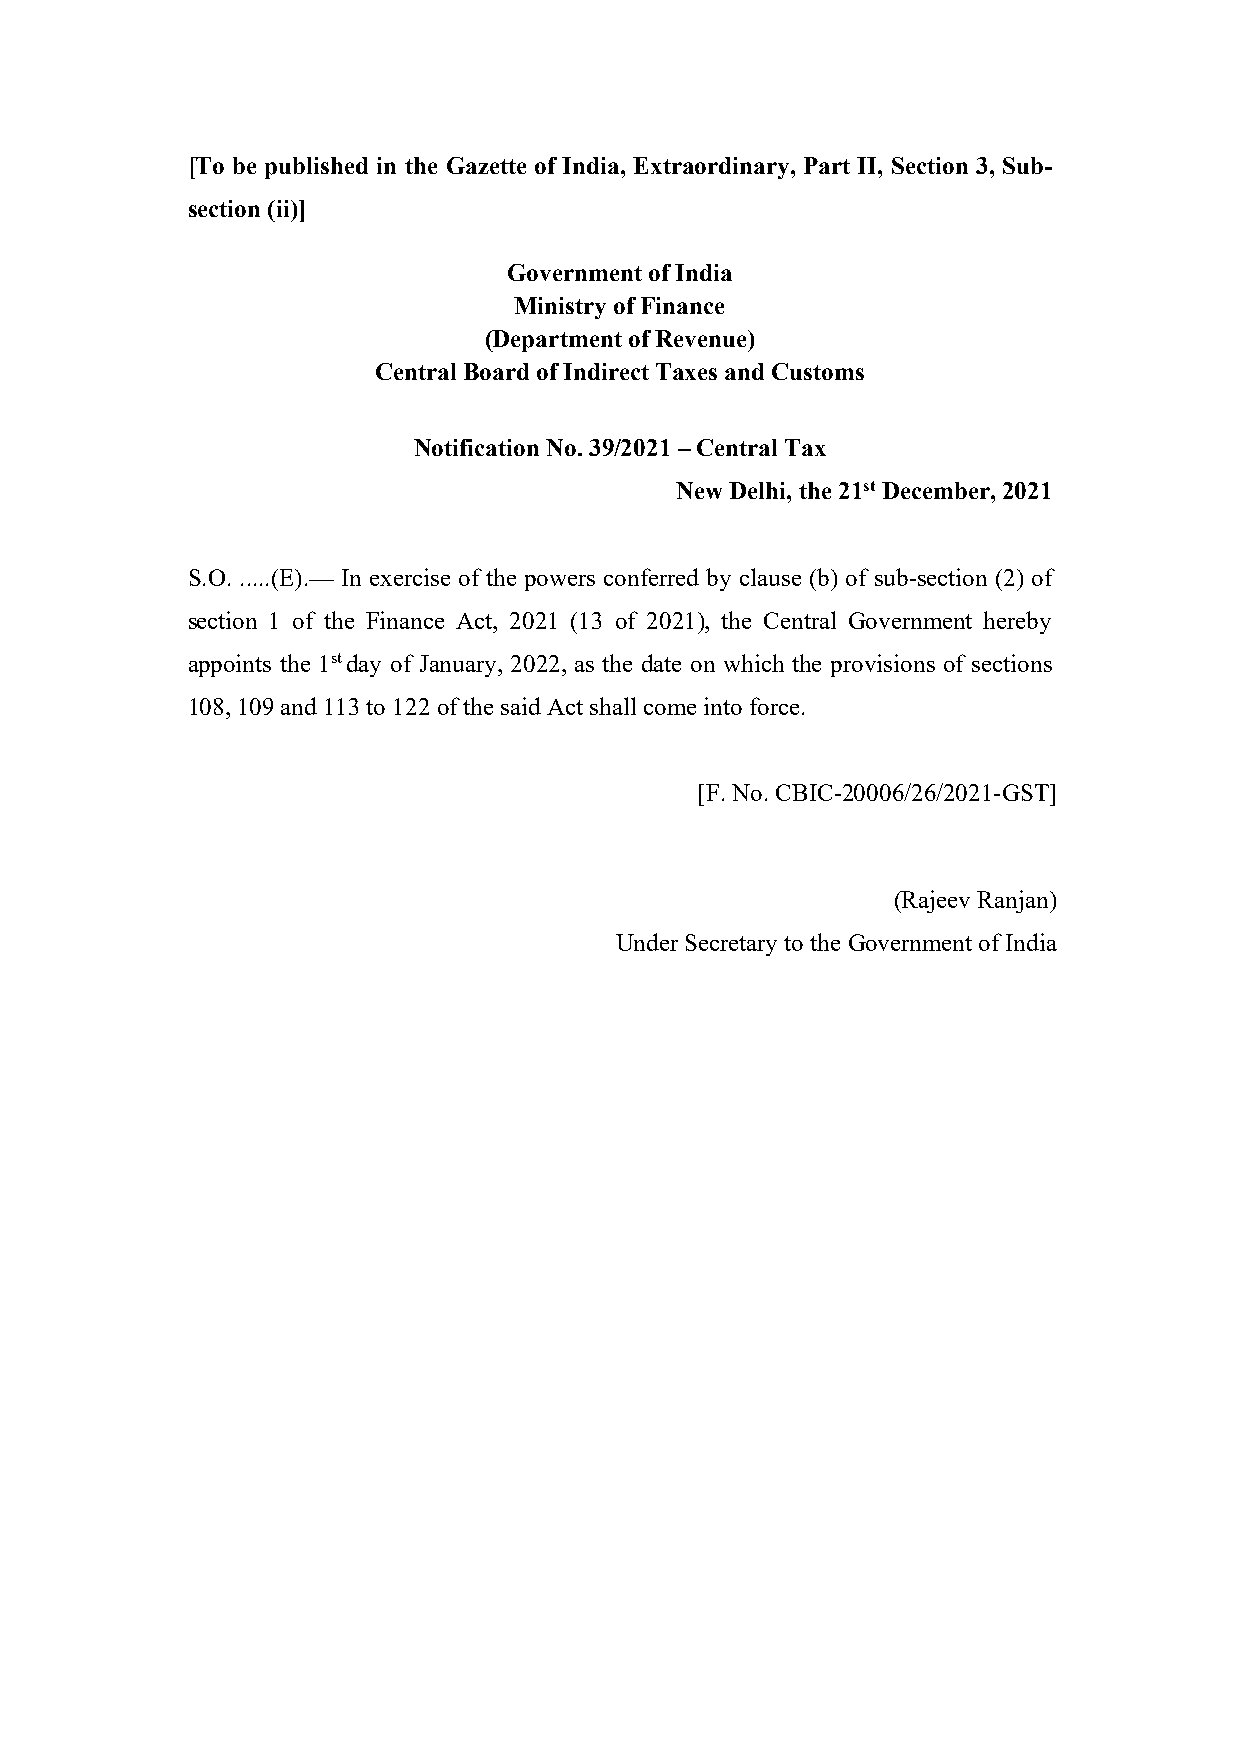
[To be published in the Gazette of India, Extraordinary, Part II, Section 3, Sub-
 section (ii)]
 Government of India
 Ministry of Finance
 (Department of Revenue)
 Central Board of Indirect Taxes and Customs
 Notification No. 39/2021 – Central Tax
 New Delhi, the 21st December, 2021
 S.O. .....(E).— In exercise of the powers conferred by clause (b) of sub-section (2) of
 section 1 of the Finance Act, 2021 (13 of 2021), the Central Government hereby
 appoints the 1st day of January, 2022, as the date on which the provisions of sections
 108, 109 and 113 to 122 of the said Act shall come into force.
 [F. No. CBIC-20006/26/2021-GST]
 (Rajeev Ranjan)
 Under Secretary to the Government of India